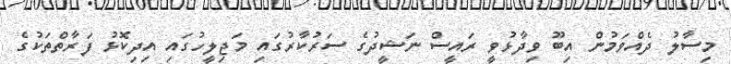
މިސާލު ދެއްވަމުން އިބޫ ވިދާޅުވީ ރައީސް ނަޝީދުގެ ސަރުކާރުގައި މަޖިލީހުގައި އިދިކޮޅު ފަރާތްތަކުގެ